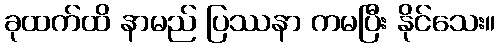
ခုထက်ထိ နာမည် ပြဿနာ ကမပြီး နိုင်သေး။